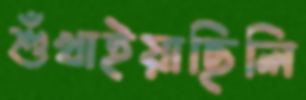
শুঁখাইয়াছিলি